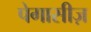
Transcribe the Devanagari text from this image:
पेगासीज़